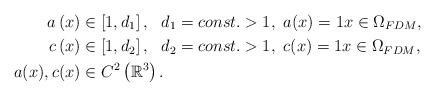
\begin{align*} a \left( x\right) &\in \left[ 1,d_1 \right],~~ d_1 = const.>1,~ a(x) =1x\in \Omega _{FDM}, \\c\left( x\right) &\in \left[ 1,d_2 \right],~~ d_2 = const.>1,~ c(x) =1x\in \Omega _{FDM}, \\a(x), c(x) &\in C^{2}\left( \mathbb{R}^{3}\right) . \end{align*}